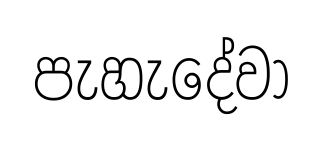
පැහැදේවා